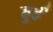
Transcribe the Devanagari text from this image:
हुर्इं